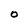
Character: O